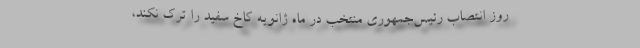
روز انتصاب رئیس‌جمهوری منتخب در ماه ژانویه کاخ سفید را ترک نکند،